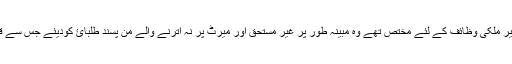
ان پر مبینہ طور پر الزام ہے کہ یونیورسٹی کے فنڈز جو کہ طلبائ کے غیر ملکی وظائف کے لئے مختص تھے وہ مبینہ طور پر غیر مستحق اور میرٹ پر نہ اترنے والے من پسند طلبائ کودیئے جس سے قومی خزانے کو تقریبا 1176 ملین روپے کا نقصان پہنچانے کا الزام ہے۔